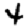
Digit: 4